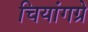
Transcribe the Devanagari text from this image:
चियांगग्रे